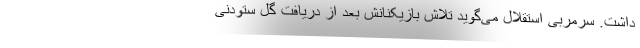
داشت. سرمربی استقلال می‌گوید تلاش بازیکنانش بعد از دریافت گل ستودنی